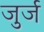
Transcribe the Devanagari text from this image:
जुर्ज